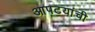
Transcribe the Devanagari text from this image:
आपटयांची